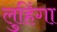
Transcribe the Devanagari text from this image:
लुहिंगा